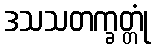
ဒသသတက္ခတ္တုံ